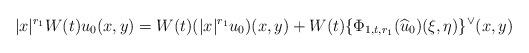
LaTeX: \begin{align*}|x|^{r_1} W(t) u_0(x,y) = W(t) (|x|^{r_1} u_0)(x,y) + W(t)\{\Phi_{1,t,r_1}(\widehat u_0)(\xi,\eta)\}^{\lor}(x,y)\end{align*}